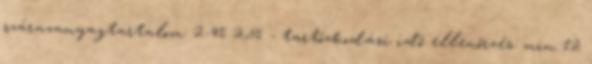
szárazanyagtartalom: 2-4% 2,5% - tartózkodási idő ellenőrzés: min 12